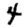
Digit: 4